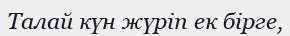
Талай күн жүріп ек бірге,